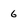
Character: 6